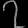
Digit: ၇